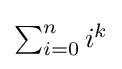
{\textstyle \sum _{i=0}^{n}i^{k}}